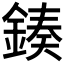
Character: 𨨯